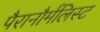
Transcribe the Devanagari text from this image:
पैरानौर्मलिस्ट